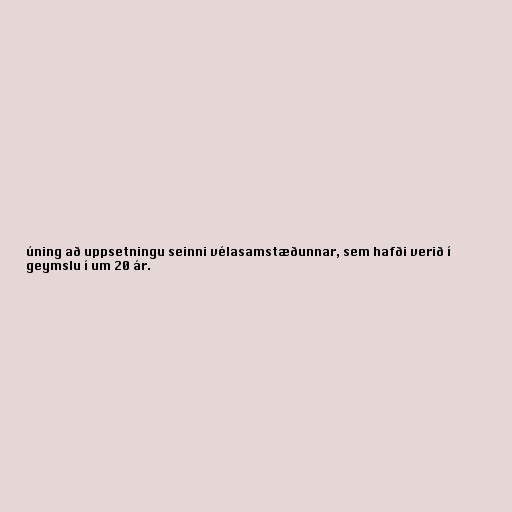
úning að uppsetningu seinni vélasamstæðunnar, sem hafði verið í
geymslu í um 20 ár.